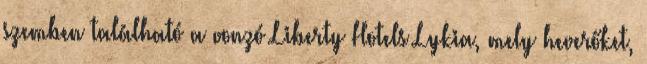
szemben található a vonzó Liberty Hotels Lykia, mely heverőket,